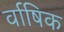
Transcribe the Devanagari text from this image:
र्वाषिक